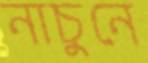
নাচুনে